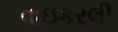
વાઇકરલી